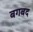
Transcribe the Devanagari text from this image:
बगबद